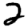
Digit: 2